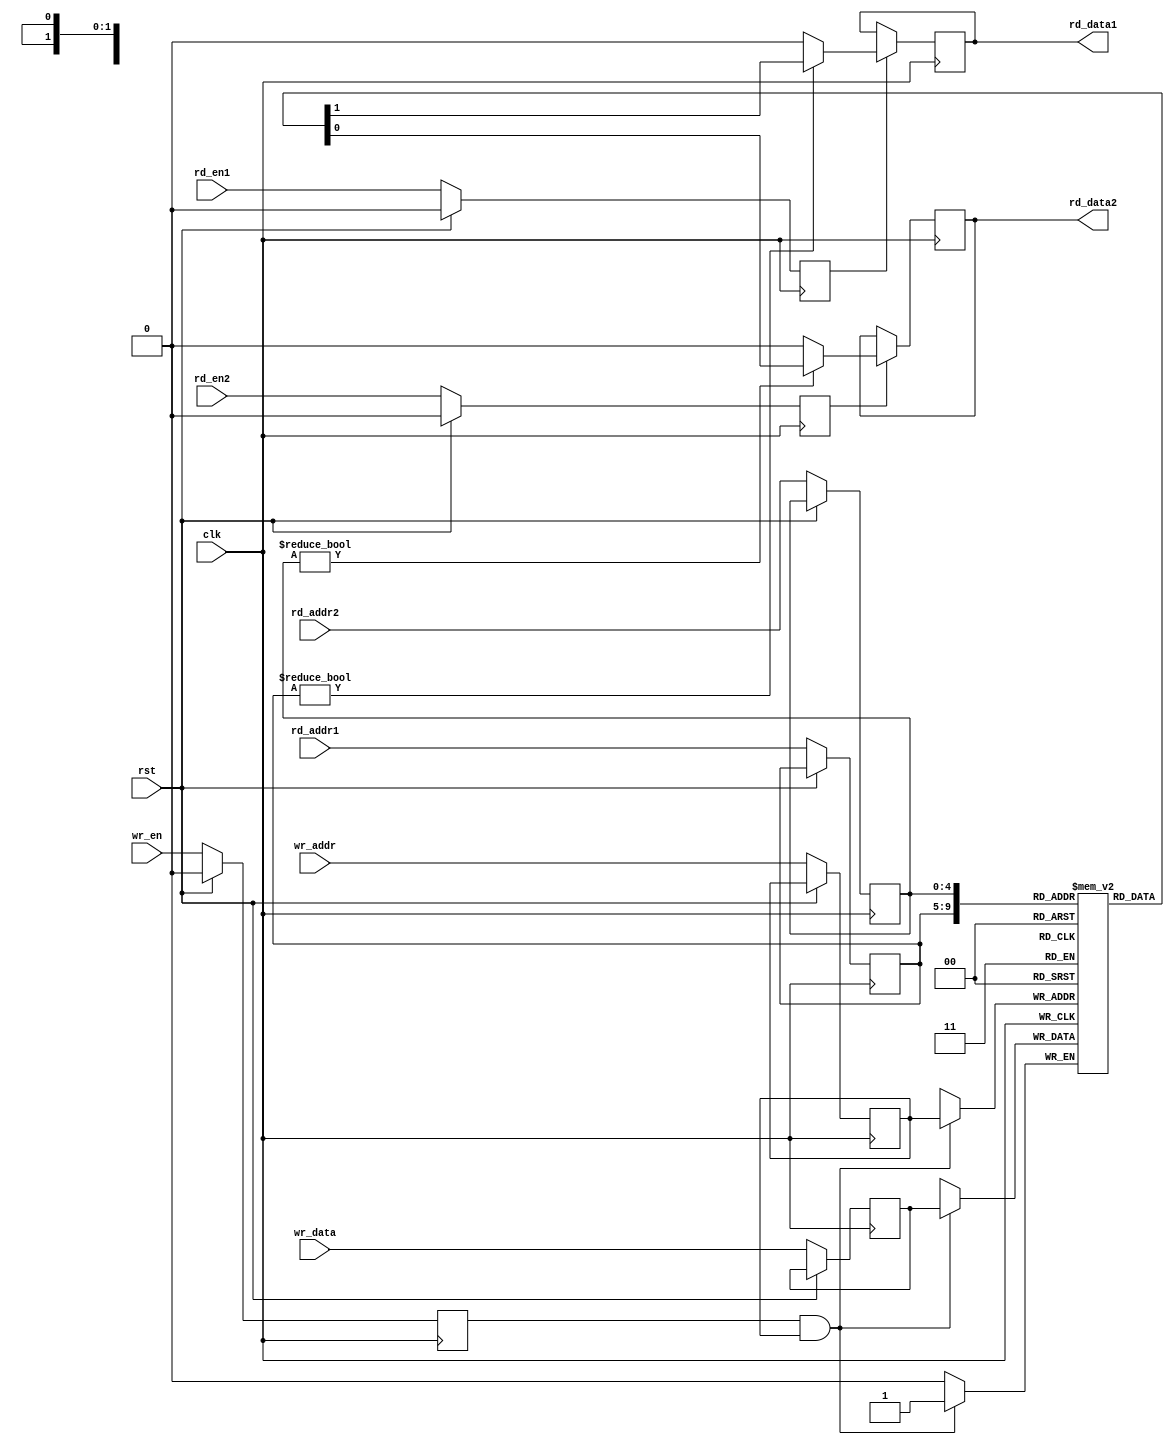
module sram_rat #(
  parameter ADDRW = 5,
  parameter DATAW = 1
  )(
  input                  clk,
  input                  rst,
  input                  rd_en1,
  input [ADDRW-1:0]      rd_addr1,
  output reg [DATAW-1:0] rd_data1,
  
  input                  rd_en2,
  input [ADDRW-1:0]      rd_addr2,
  output reg [DATAW-1:0] rd_data2,

  input                  wr_en,
  input [ADDRW-1:0]      wr_addr,
  input [DATAW-1:0]      wr_data
  );

  reg             rd_en1_r;
  reg [ADDRW-1:0] rd_addr1_r;
  reg [DATAW-1:0] rd_data1_r;
  
  reg             rd_en2_r;
  reg [ADDRW-1:0] rd_addr2_r;
  reg [DATAW-1:0] rd_data2_r;

  reg             wr_en_r;
  reg [ADDRW-1:0] wr_addr_r;
  reg [DATAW-1:0] wr_data_r;

  reg [DATAW-1:0] memory [0:(1<<ADDRW)-1];

  always @(posedge clk) begin
    if (rst) begin
      rd_en1_r <= 0;
      rd_en2_r <= 0;
      wr_en_r <= 0;
    end
    else begin
      rd_en1_r <= rd_en1;
      rd_addr1_r <= rd_addr1;
      rd_data1_r <= rd_data1;
      rd_en2_r <= rd_en2;
      rd_addr2_r <= rd_addr2;
      rd_data2_r <= rd_data2;
      wr_en_r <= wr_en;
      wr_addr_r <= wr_addr;
      wr_data_r <= wr_data;
    end
  end

  always @(negedge clk) begin
    if (rd_en1_r)
      rd_data1 <= rd_addr1_r ? memory[rd_addr1_r] : 0;
    if (rd_en2_r)
      rd_data2 <= rd_addr2_r ? memory[rd_addr2_r] : 0;
    if (wr_en_r && wr_addr_r)
      memory[wr_addr_r] <= wr_data_r;
  end
endmodule